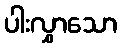
ပါးလွှာသော